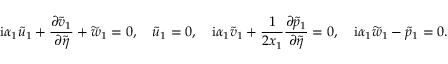
\mathrm { i } \alpha _ { 1 } \widetilde { u } _ { 1 } + \frac { \partial \widetilde { v } _ { 1 } } { \partial \widetilde { \eta } } + \widetilde { w } _ { 1 } = 0 , \quad \widetilde { u } _ { 1 } = 0 , \quad \mathrm { i } \alpha _ { 1 } \widetilde { v } _ { 1 } + \frac { 1 } { 2 x _ { 1 } } \frac { \partial \widetilde { p } _ { 1 } } { \partial \widetilde { \eta } } = 0 , \quad \mathrm { i } \alpha _ { 1 } \widetilde { w } _ { 1 } - \widetilde { p } _ { 1 } = 0 .